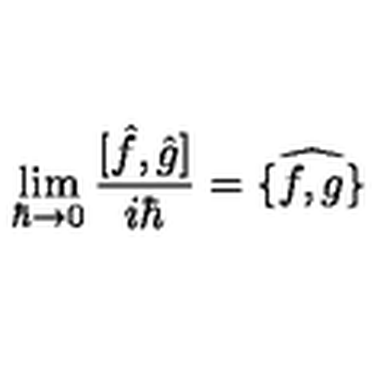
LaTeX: \lim _ { \hbar \rightarrow 0 } \frac { [ \hat { f } , \hat { g } ] } { i \hbar } = \widehat { \{ f , g \} }